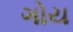
ગોય